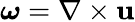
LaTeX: \boldsymbol{\omega}=\nabla\times\mathbf{u}